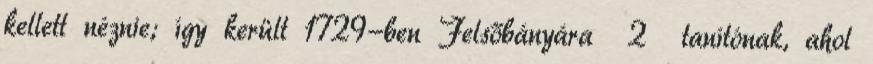
kellett néznie; így került 1729-ben Felsőbányára 2 tanítónak, ahol